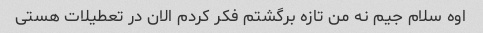
اوه سلام جیم نه من تازه برگشتم فکر کردم الان در تعطیلات هستی